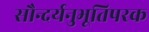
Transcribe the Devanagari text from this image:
सौन्दर्यनुभूतिपरक